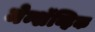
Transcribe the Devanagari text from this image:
मेन्शॅव्हिक